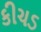
કીચડ